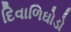
દિવાળિઘોડો